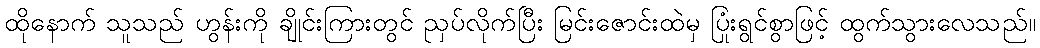
ထိုနောက် သူသည် ဟွန်းကို ချိုင်းကြားတွင် ညှပ်လိုက်ပြီး မြင်းဇောင်းထဲမှ ပြုံးရွင်စွာဖြင့် ထွက်သွားလေသည်။